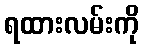
ရထားလမ်းကို